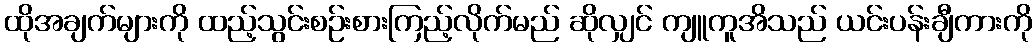
ထိုအချက်များကို ထည့်သွင်းစဉ်းစားကြည့်လိုက်မည် ဆိုလျှင် ကျူကူအိသည် ယင်းပန်းချီကားကို